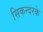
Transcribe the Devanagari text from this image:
सिकन्दरके